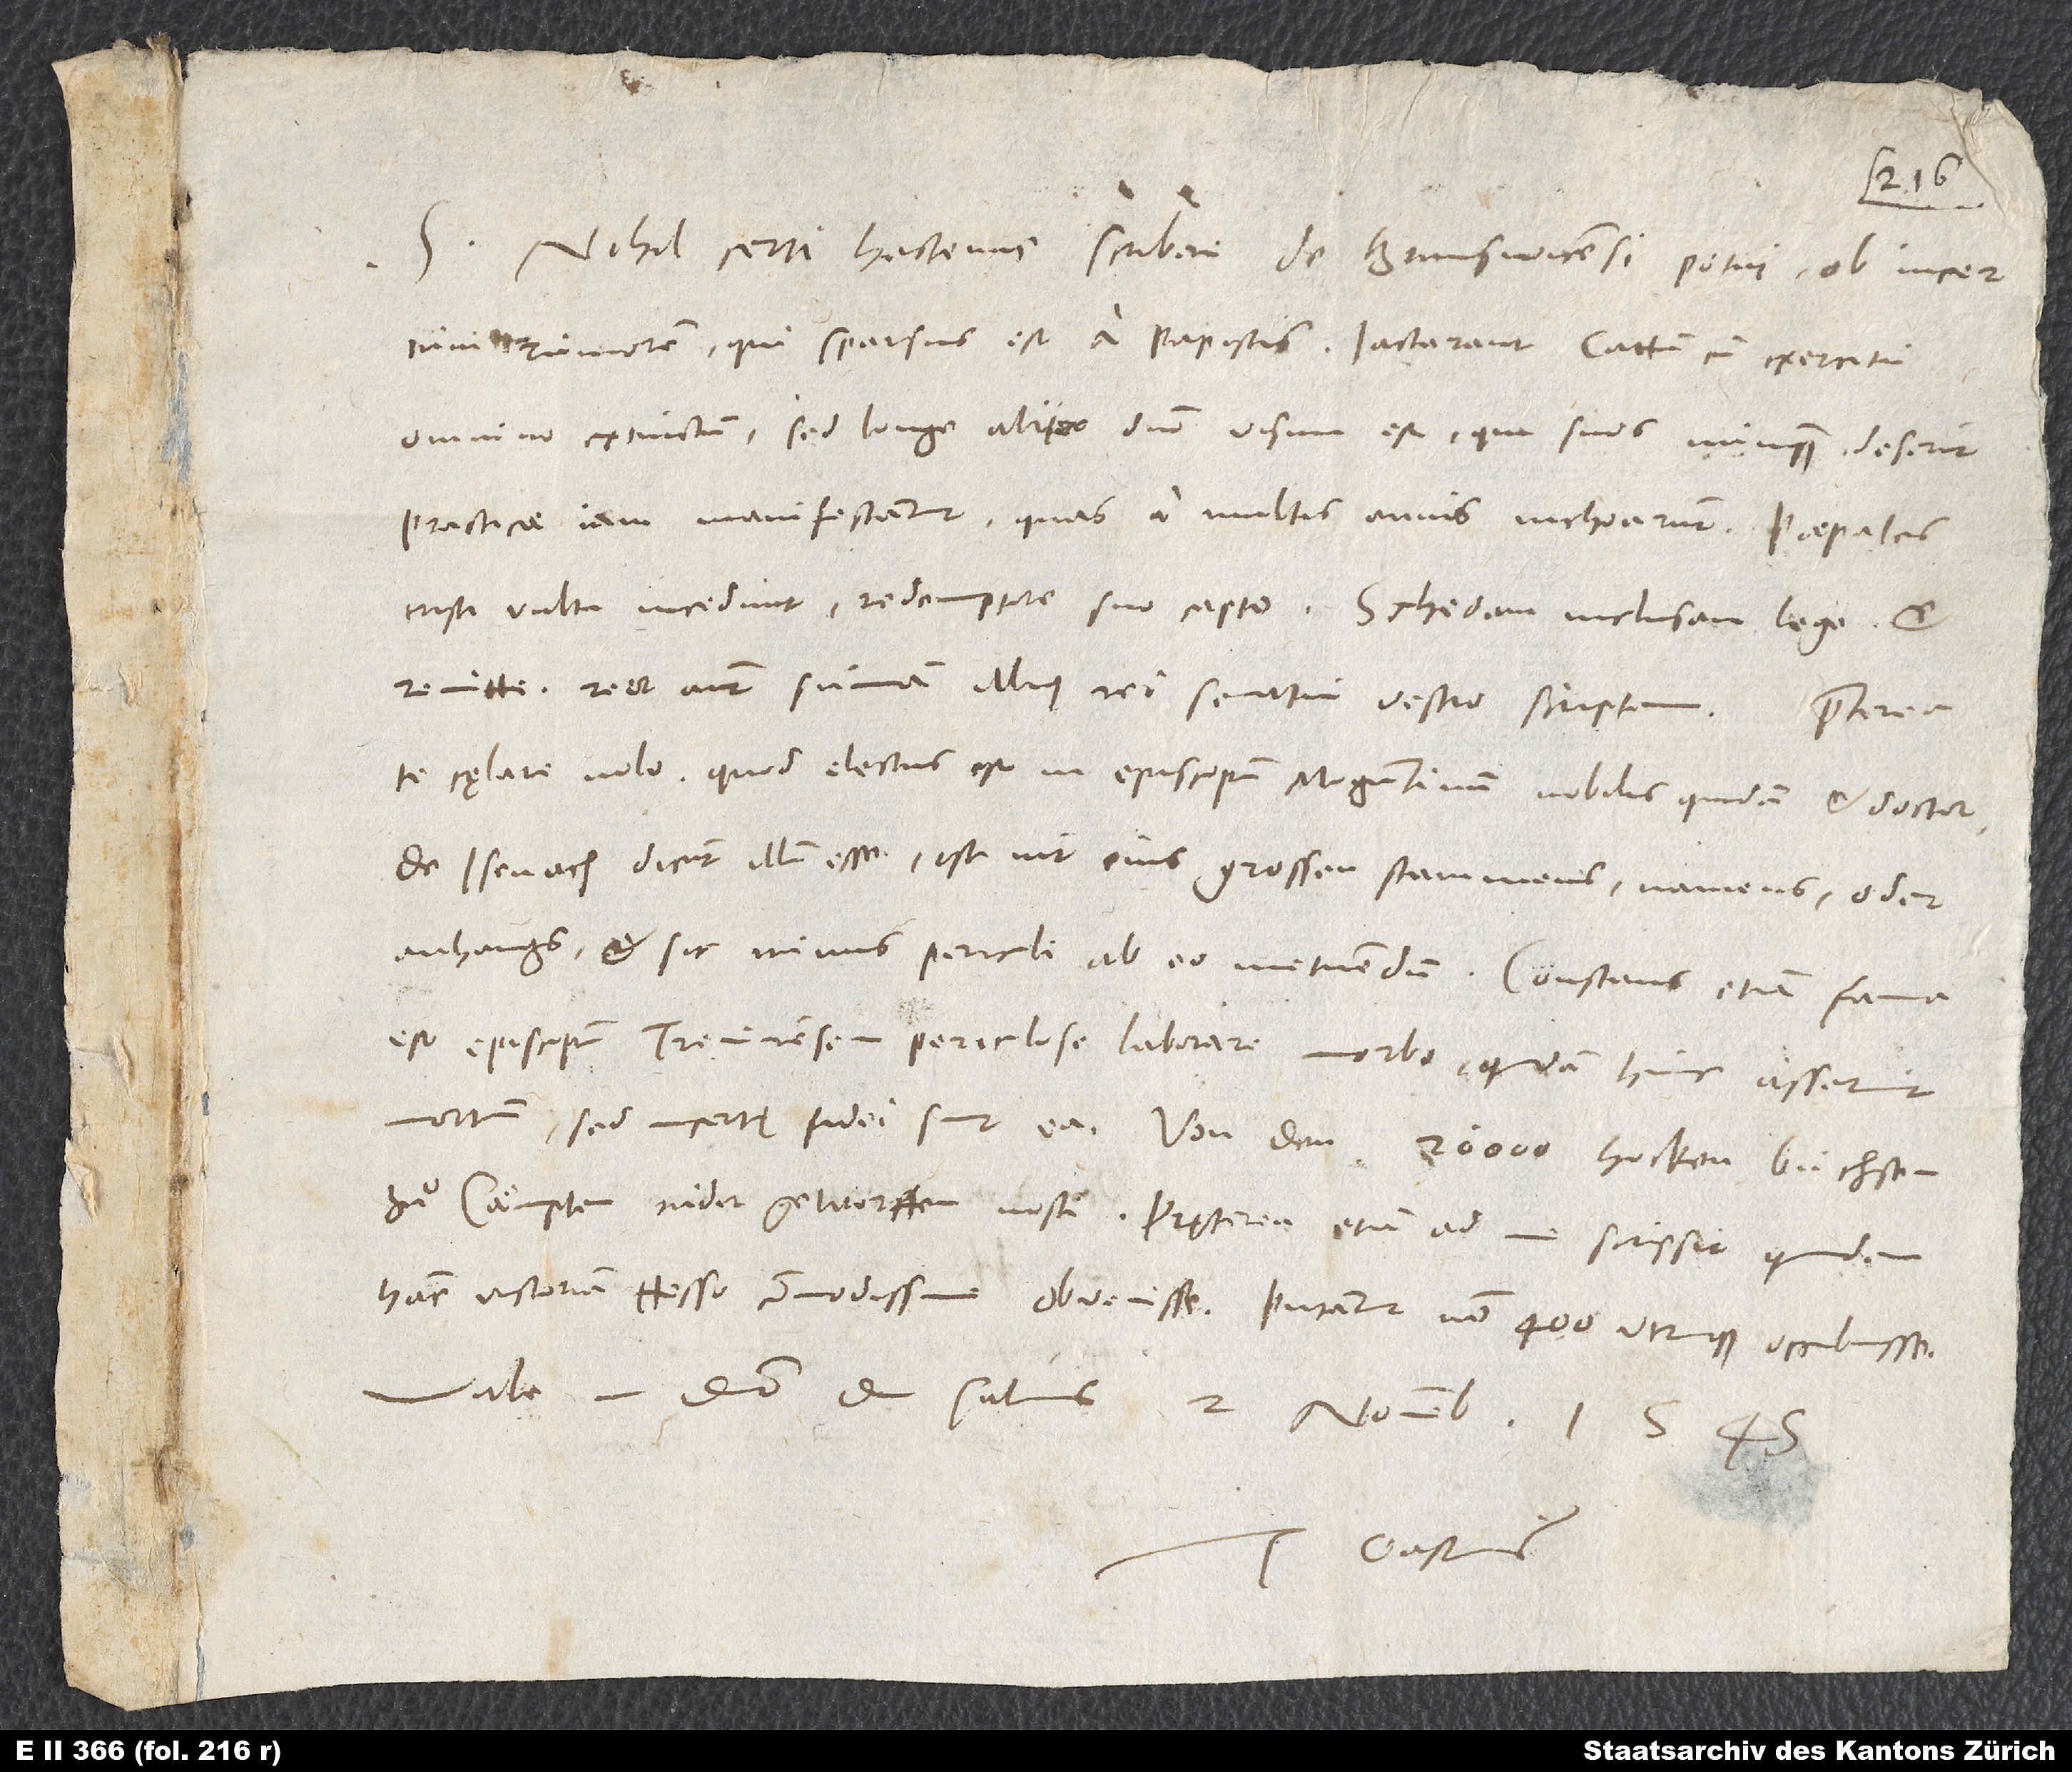
Nihil certi hactenus scribere de Brunsvicensi potui ob incertum
rumorem, qui sparsus est a papistis. Iactarunt Cattum cum exercitu
omnino extinctum; sed longe aliter domino visum est, qui suos nunquam deserit.
Practicae iam manifestantur, quas a multis annis inchoarunt. Papales
tristi vultu incedunt redemptore suo capto. Schedam inclusam lege et
remitte. Reor autem summam illius rei senatui vestro scriptam.
te cęlare nolo, quod electus est in episcopum Moguntinum nobilis quidem et doctor.
De Isenach dicunt illum esse. Ist nit eins grossen stammens, namens oder
est episcopum Trevirensem periculose laborare morbo; quidam hunc asserunt
zuͦ Caͤmpten nider geworffen nosti. Pręterea etiam ad me scripsit quidam
hanc victoriam Hesso commodissime obvenisse. Putantur non 400 utrinque occubuisse.
Vale in domino et salvus. 2. novembris 1545.
Tuus Gastius.